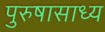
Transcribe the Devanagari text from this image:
पुरुषासाध्य